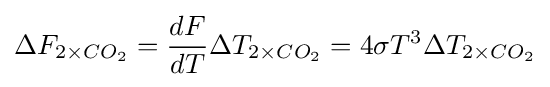
\Delta F_{2\times CO_{2}}={\frac {dF}{dT}}\Delta T_{2\times CO_{2}}=4\sigma T^{3}\Delta T_{2\times CO_{2}}